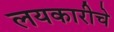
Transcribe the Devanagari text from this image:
लयकारीचे